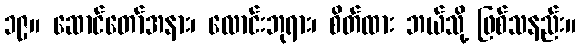
၁၉။ ဆောင်တော်အနား၊ လောင်းဘုရား၊ စိတ်ထား ဘယ်သို့ ဖြစ်သနည်း။